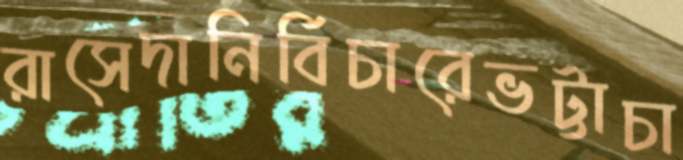
রাসেদানির্বিচারেভট্টাচা